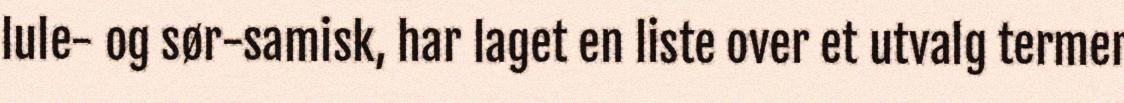
lule- og sør-samisk, har laget en liste over et utvalg termer